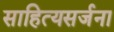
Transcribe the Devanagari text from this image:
साहित्यसर्जना